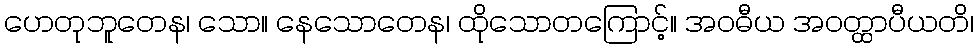
ဟေတုဘူတေန၊ သော။ နေသောတေန၊ ထိုသောတကြောင့်။ အဝဓီယ အဝတ္ထာပီယတိ၊